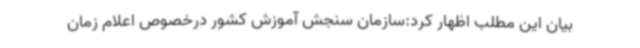
بیان این مطلب اظهار کرد:سازمان‌ سنجش‌ آموزش‌ کشور درخصوص اعلام زمان